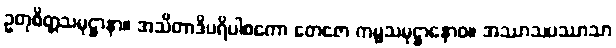
ဥတုစိတ္တသမုဋ္ဌာနာ။ အသိတာဒိပရိပါစကော တေဇော ကမ္မသမုဋ္ဌာနောဝ။ အဿာသပဿာသာ